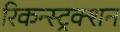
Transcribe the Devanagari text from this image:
रिकन्स्ट्रक्शन